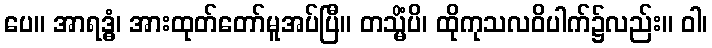
ပေ။ အာရဒ္ဓံ၊ အားထုတ်တော်မူအပ်ပြီ။ တသ္မိံပိ၊ ထိုကုသလဝိပါက်၌လည်း။ ဝါ၊